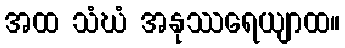
အထ သံဃံ အနုဿရေယျာထ။